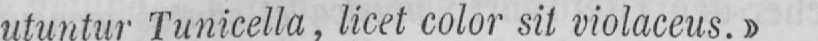
utuntur Tunicella, licet color sit violaceus.»